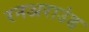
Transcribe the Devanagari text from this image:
रनअराउंड